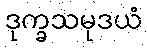
ဒုက္ခသမုဒယံ